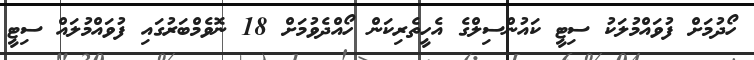
ހޯދުމަށް ފުވައްމުލަކު ސިޓީ ކައުންސިލްގެ އެހީތެރިކަން ހޯއްދެވުމަށް 18 ނޮވެމްބަރުގައި ފުވައްމުލައް ސިޓީ